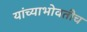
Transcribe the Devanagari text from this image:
यांच्याभोवतीच